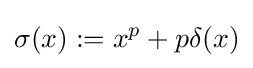
\sigma (x):=x^{p}+p\delta (x)